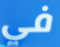
في